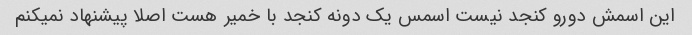
این اسمش دورو کنجد نیست اسمس یک دونه کنجد با خمیر هست اصلا پیشنهاد نمیکنم